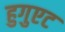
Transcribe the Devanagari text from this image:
हुगुएट